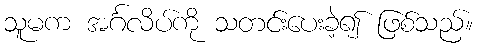
သူမက အင်္ဂလိပ်ကို သတင်းပေးခဲ့၍ ဖြစ်သည်။